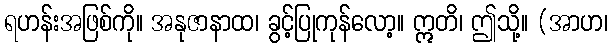
ရဟန်းအဖြစ်ကို။ အနုဇာနာထ၊ ခွင့်ပြုကုန်လော့။ ဣတိ၊ ဤသို့။ (အာဟ၊